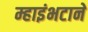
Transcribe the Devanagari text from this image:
म्हाइंभटाने